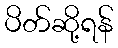
ပိတ်ဆို့ရန်